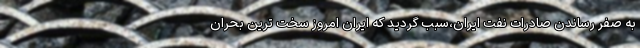
به صفر رساندن صادرات نفت ایران،سبب گردید که ایران امروز سخت ترین بحران